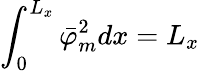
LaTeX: \int_{0}^{L_{x}}\bar{\varphi}_{m}^{2}dx=L_{x}